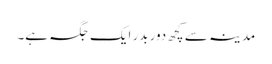
مدینہ سے کچھ دور بدر ایک جگہ ہے۔